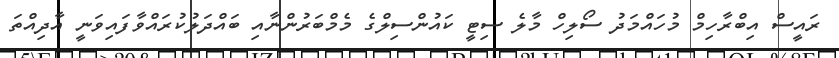
ރައީސް އިބްރާހިމް މުހައްމަދު ސޯލިހް މާލެ ސިޓީ ކައުންސިލްގެ މެމްބަރުންނާއި ބައްދަލުކުރައްވާފައިވަނީ އާދިއްތަ